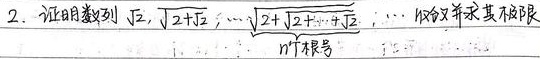
2. 证明数列\(\sqrt{2},\sqrt{2 + \sqrt{2}},\cdots,\underbrace{\sqrt{2+\sqrt{2+\cdots+\sqrt{2}}}}_{n个根号},\cdots\)收敛并求其极限。